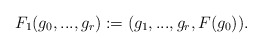
\begin{align*}F_1(g_0,...,g_r):=(g_1,...,g_r, F(g_0)).\end{align*}